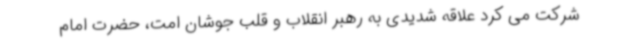
شرکت می کرد علاقه شدیدی به رهبر انقلاب و قلب جوشان امت، حضرت امام